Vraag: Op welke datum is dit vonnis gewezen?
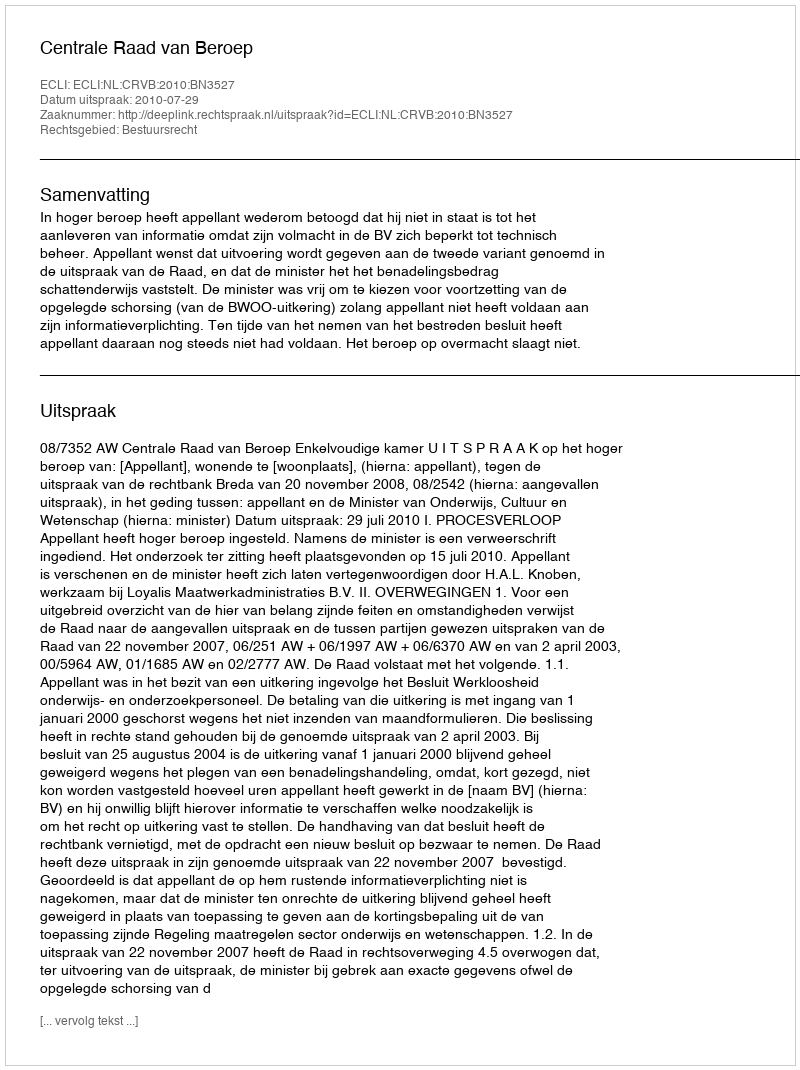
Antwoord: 2010-07-29